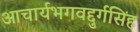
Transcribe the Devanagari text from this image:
आचार्यभगवद्दुर्गसिंह